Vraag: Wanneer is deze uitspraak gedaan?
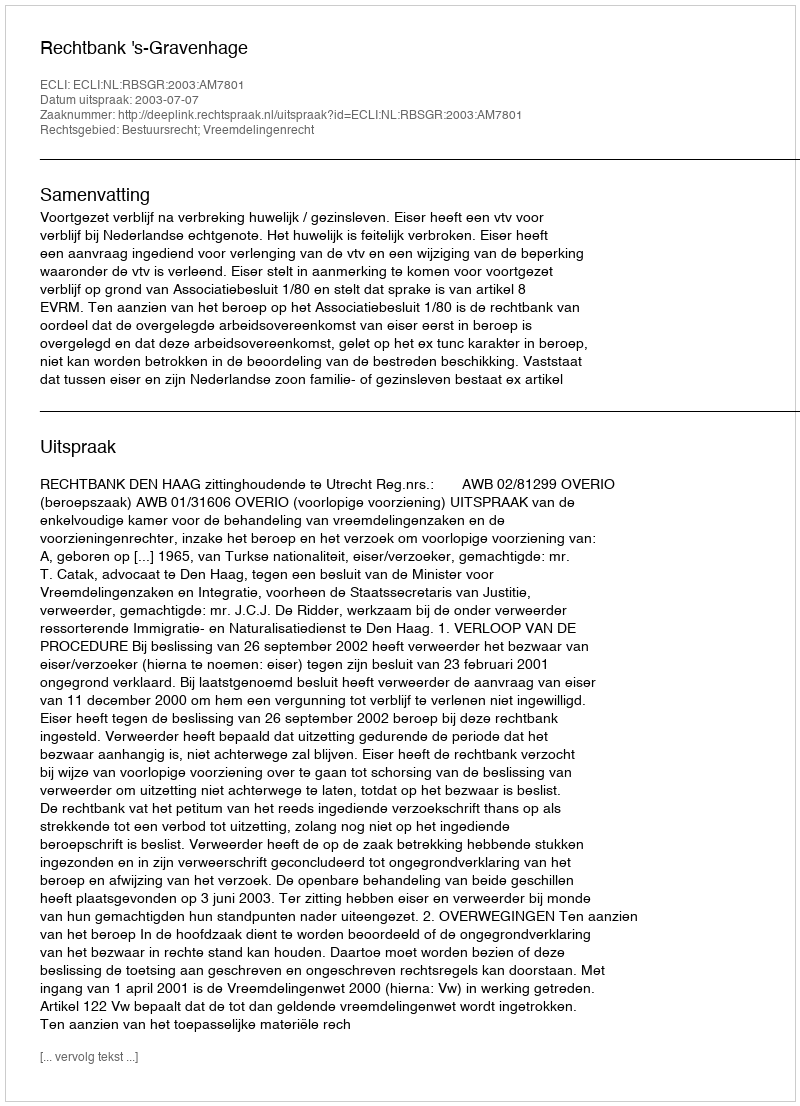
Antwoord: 2003-07-07